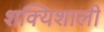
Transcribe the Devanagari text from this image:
शक्यिशाली